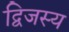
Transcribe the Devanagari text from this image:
द्विजस्य